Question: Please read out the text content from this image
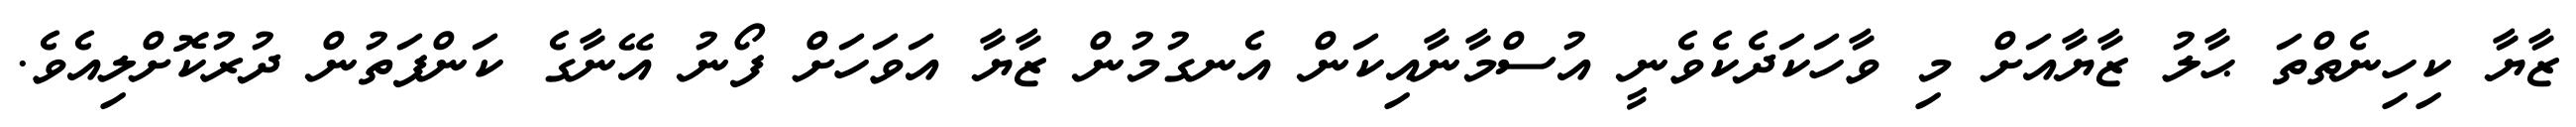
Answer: ޒާޔާ ކިހިނެތްތަ ޙާލު ޒާޔާއަށް މި ވާހަކަދެކެވެނީ އުސްމާނާއިކަން އެނގުމުން ޒާޔާ އަވަހަށް ފޯނު އޭނާގެ ކަންފަތުން ދުރުކޮށްލިއެވެ.